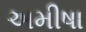
અમીષા